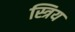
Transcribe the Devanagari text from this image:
स्त्रिय